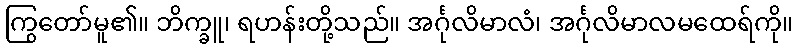
ကြွတော်မူ၏။ ဘိက္ခူ၊ ရဟန်းတို့သည်။ အင်္ဂုလိမာလံ၊ အင်္ဂုလိမာလမထေရ်ကို။